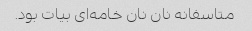
متاسفانه نان نان خامه‌ای بیات بود.